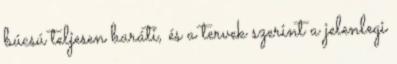
búcsú teljesen baráti, és a tervek szerint a jelenlegi